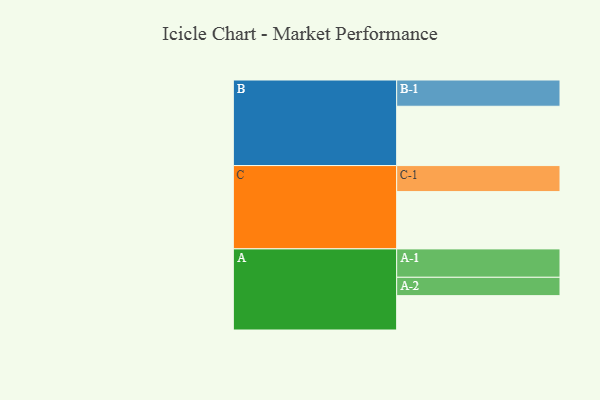
{"axis": {"x": "Segment", "y": "Value"}, "legend": ["", "A", "B", "C"], "data": [{"x": "A", "y": 339, "type": ""}, {"x": "B", "y": 585, "type": ""}, {"x": "C", "y": 565, "type": ""}, {"x": "A-1", "y": 280, "type": "A"}, {"x": "A-2", "y": 181, "type": "A"}, {"x": "B-1", "y": 259, "type": "B"}, {"x": "C-1", "y": 257, "type": "C"}]}